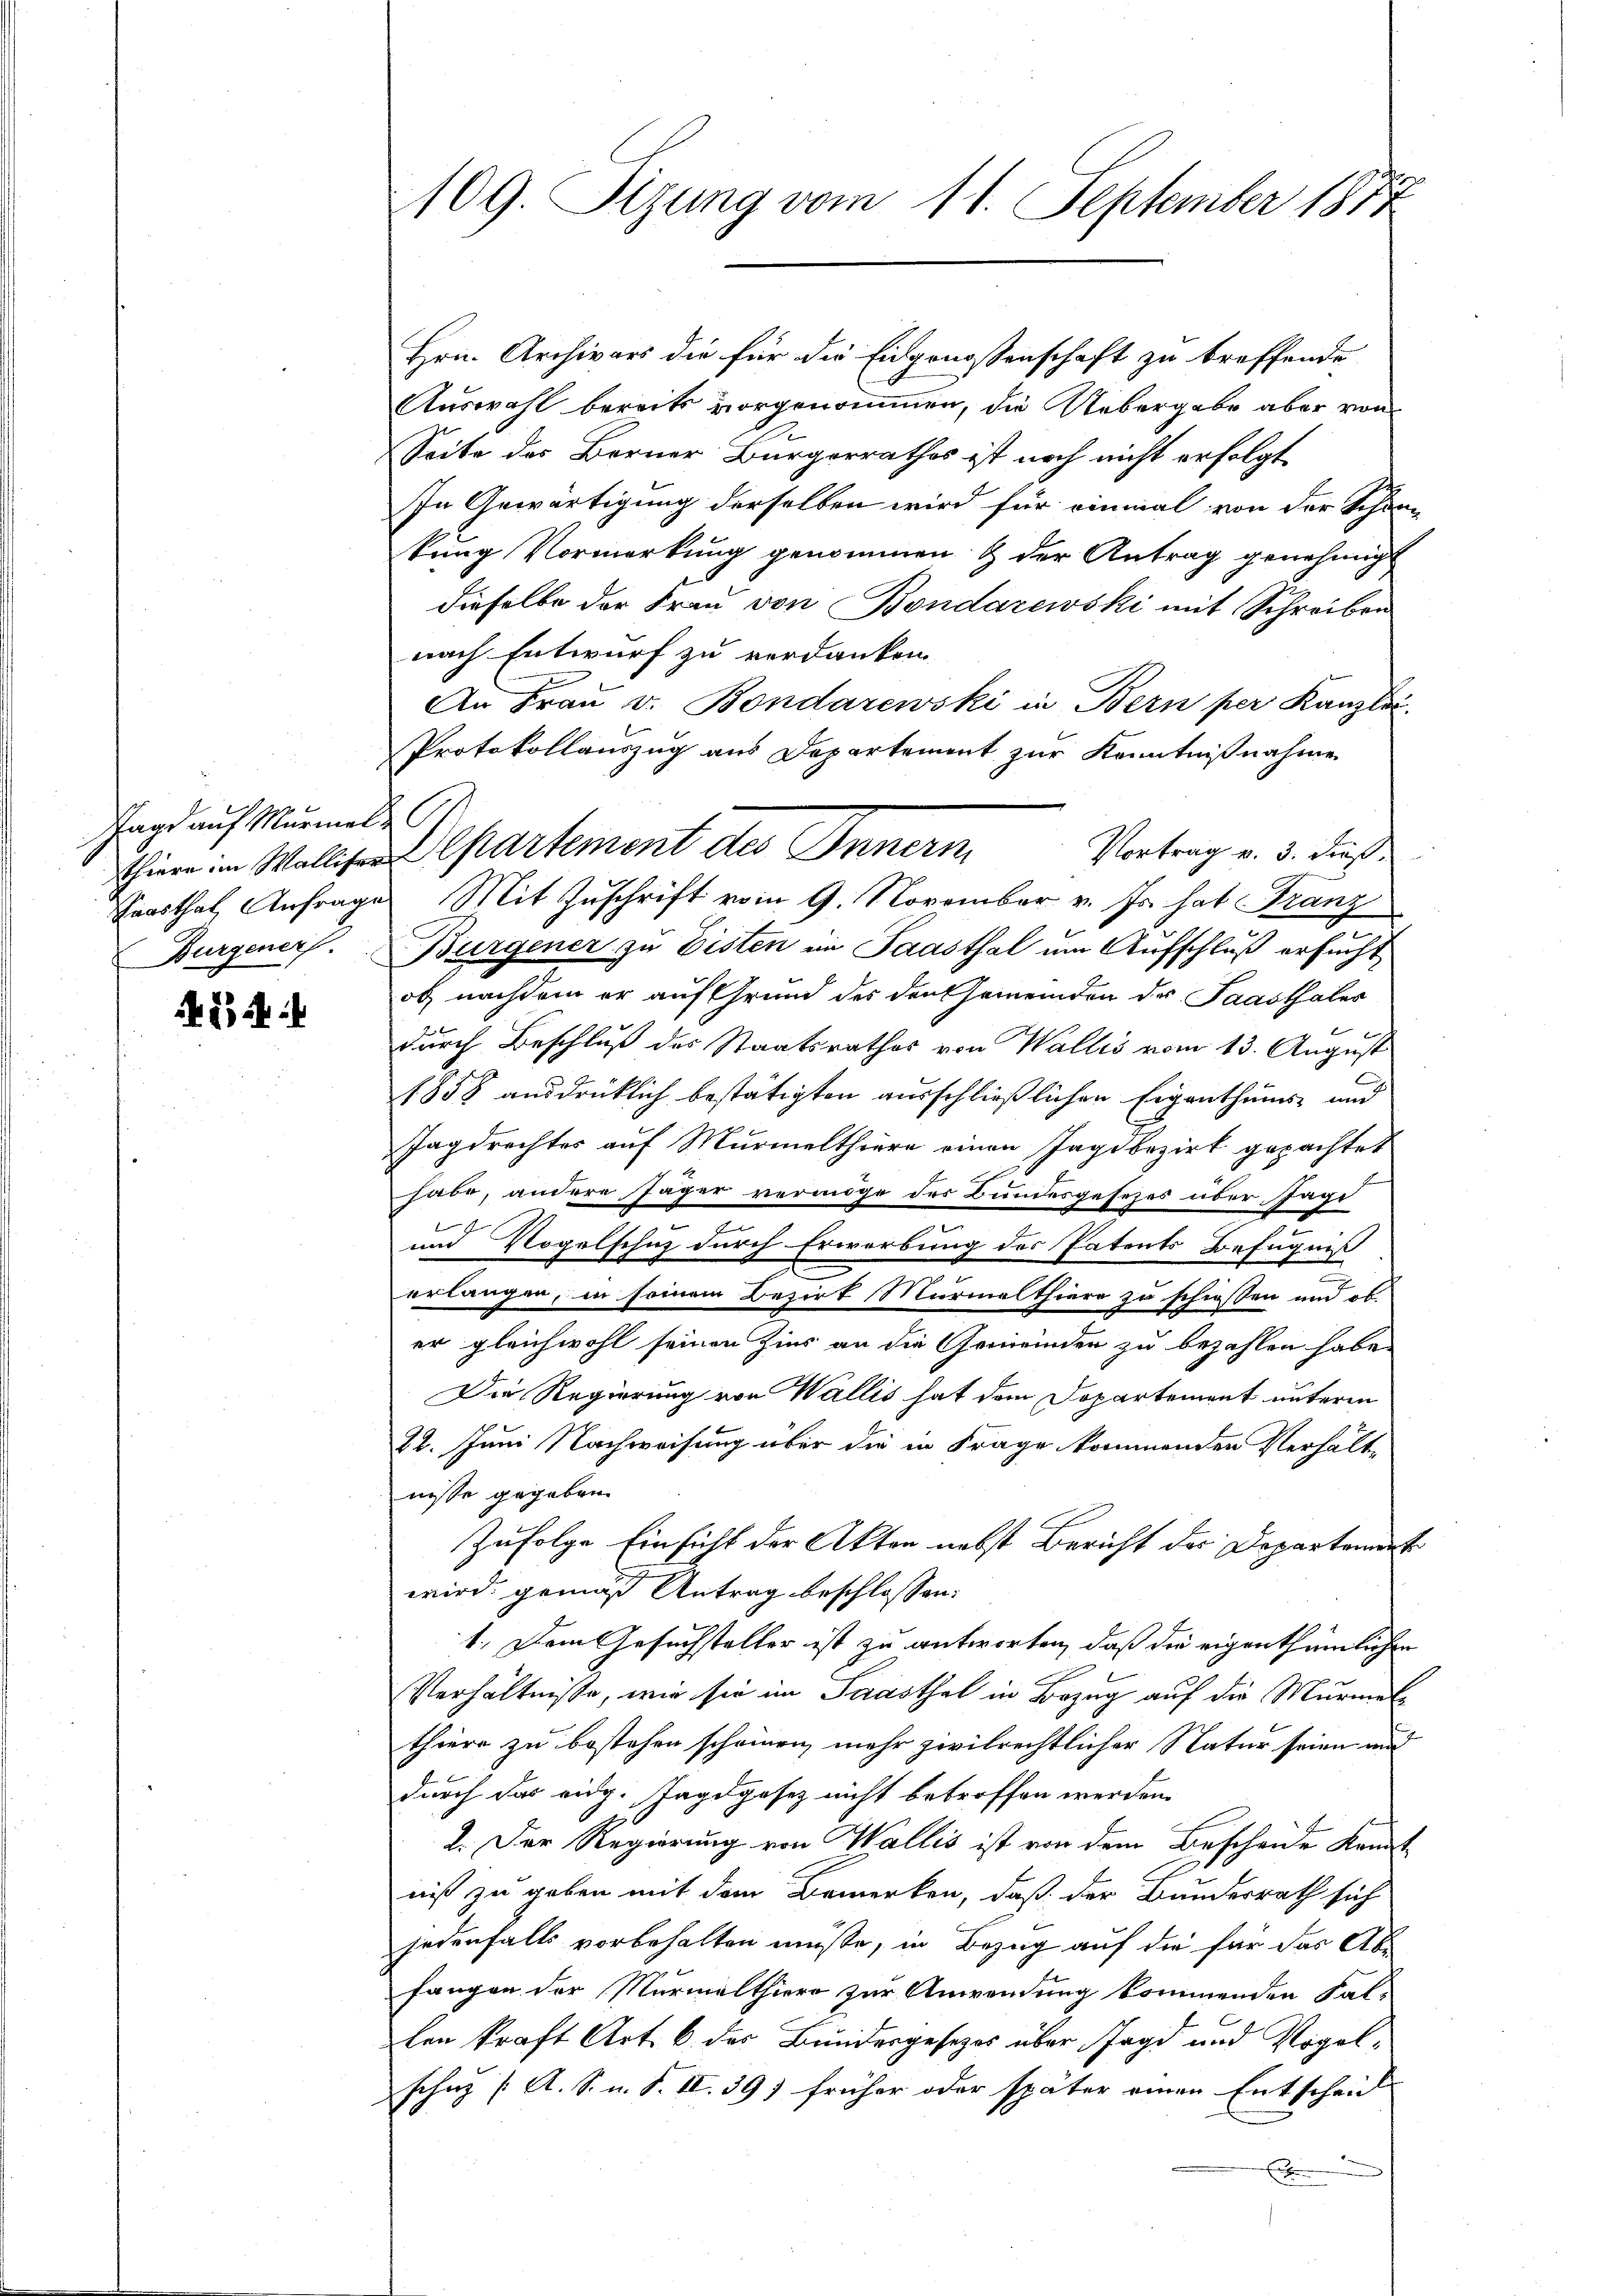
Tage auf Murmel
Burgeners.

24

1109. Sizung vom 11. September 1874

Hrn. Archivars die für die Eidgenossenschaft zu treffende
Auswahl bereits vorgenommen, die Uebergabe aber von
Seite des Berner Bürgerrathes ist noch nicht erfolgt
In Gewärtigung derselben wird für einmal von der Schön
kung Vormerkung genommen & der Antrag genehmig
dieselbe der Frau von Bondarewski mit Schreiben
nach Entwurf zu verdanken
An Frau v. Bondarewski in Bern per Kanzlei.
Protokollauszug aus Departement zur Kenntnißnahme
Vortrag v. 3. dieß
Saasthal Anfrage Mit Zuschrift vom 9. November v. Js. hat Franz
Burgener zu Eisten im Saasthal um Aufschluß ersucht,
ob, nachdem er auf Grund des den Gemeinden der Saasthales
f
durch Beschluß des Staatsrathes von Wallis vom 13. August
1858 ausdrücklich bestätigten ausschließlichen Eigenthums- und
Tagdrechtes auf Murmelthiere einen Jagibezirk gepachtet
habe, andere Jäger vermöge des Bundesgesezes über Tage
2
und Vogelschuz durch Erwerbung des Patents Befugniß
erlangen, in seinem Bezirk Marmelthiere zu schiessen und es
er gleichwohl seinen Zins an die Gemeinden zu bezahlen habe,
Die Regierung von Wallis hat dem Dopartement unteren
22. Juni Nachweisung über die in Frage kommenden Verhält-
nisse gegeben
Zufolge Einsicht der Akten nebst Bericht des Departemort
wird. gemäß Antrag beschlossen:
1. Dem Gesuchsteller ist zu antworten, daß die eigenthümlichen
Verhältnisse, wie sie im Saasthal in Bezug auf die Murmel
thiere zu bestehen scheinen mehr zivilrechtlicher Natur seien und
durch das eidg. Tagdgesez nicht betroffen werden.
2. Der Regierung von Wallis ist von dem Bescheide Kant
niß zu geben mit dem Bemerken, daß der Bundesrath sich
jedenfalls vorbehalten müßte, in Bezug auf die für das 24 f
fangen der Murmelthier zur Anwendung kommenden Fal-
len kraft Art. 6 des Bundesgesezes über Jagd und Vogelschuz [A. S. u. S. II. 391 früher oder später einen Entscheinl
E

Thier im Wallis partement des Innern